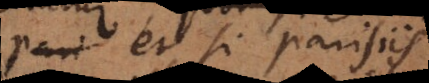
pari et si parisiis